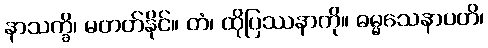
နာသက္ခိ၊ မတတ်နိုင်။ တံ၊ ထိုပြဿနာကို။ ဓမ္မသေနာပတိ၊